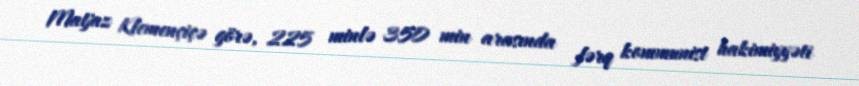
Matjaz Klemençiçə görə, 225 minlə 350 min arasında fərq kommunist hakimiyyəti